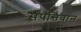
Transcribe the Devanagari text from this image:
संपत्तिवान